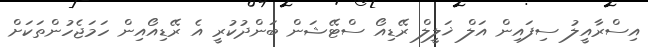
އިސްރާއީލު ސިފައިން އަލް ޚަލީލް ރޭޑިއޯ ސްޓޭޝަން ބަންދުކުރީ އެ ރޭޑިއޯއިން ހަމަޖެހުންތަކަށް